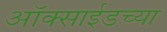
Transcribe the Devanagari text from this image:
ऑक्‍साईडच्या